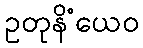
ဥတုနိံယေဝ